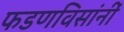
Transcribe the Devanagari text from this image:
फडणविसांनीं